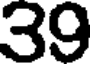
39